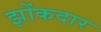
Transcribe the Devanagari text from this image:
झोंकदार